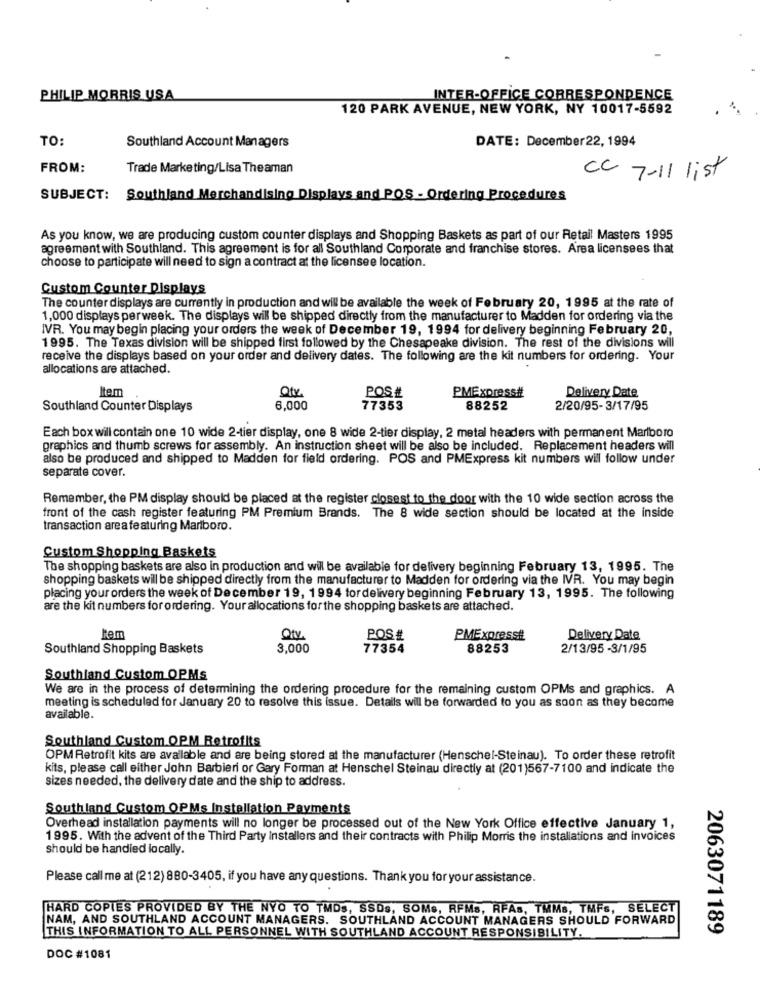
PHILIP MORRIS USA
INTER-OFFICE CORRESPONDENCE
120 PARK AVENUE, NEW YORK, NY 10017-5592
TO:
Southland Account Managers
DATE: December22, 1994
FROM:
Trade Marketing/Lisa Theaman
CC 7-11 list
SUBJECT: Southland Merchandising Displays and POS - Ordering Procedures
As you know, we are producing custom counter displays and Shopping Baskets as part of our Retail Masters 1995
agreement with Southland. This agreement is for all Southland Corporate and franchise stores. Area licensees that
choose to participate will need to sign a contract at the licensee location.
Custom Counter Displays
The counter displays are currently in production and will be available the week of February 20, 1995 at the rate of
1,000 displays perweek. The displays will be shipped directly from the manufacturer to Madden for ordering via the
IVR. You may begin placing your orders the week of December 19, 1994 for delivery beginning February 20,
1995. The Texas division will be shipped first followed by the Chesapeake division. The rest of the divisions will
receive the displays based on your order and delivery dates. The following are the kit numbers for ordering. Your
allocations are attached.
Item
Qfv
POS #
PMExpress#
Delivery Date
Southland Counter Displays
6,000
77353
88252
2/20/95-3/17/95
Each box will contain one 10 wide 2-tier display, one 8 wide 2-tier display, 2 metal headers with permanent Marlboro
graphics and thumb screws for assembly. An instruction sheet will be also be included. Replacement headers will
also be produced and shipped to Madden for field ordering. POS and PMExpress kit numbers will follow under
separate cover.
Remember, the PM display should be placed at the register closest to the door with the 10 wide section across the
front of the cash register featuring PM Premium Brands. The 8 wide section should be located at the inside
transaction area featuring Marlboro.
Custom Shopping Baskets
The shopping baskets are also in production and will be available for delivery beginning February 13, 1995. The
shopping baskets will be shipped directly from the manufacturer to Madden for ordering via the IVR. You may begin
placing your orders the week of December 19, 1994 tordelivery beginning February 13, 1995. The following
are the kit numbers for ordering. Your allocations for the shopping baskets are attached.
Otv
POS#
PMExpresstt
Delivery Date
Southland Shopping Baskets
3,000
77354
88253
2/13/95 -3/1/95
Southland Custom OPMs
We are in the process of determining the ordering procedure for the remaining custom OPMs and graphics. A
meeting is scheduled for January 20 to resolve this issue. Details will be forwarded to you as soon as they become
available.
Southland Custom OPM Retrofits
OPM Retrofit kits are available and are being stored at the manufacturer (Henschel-Steinau). To order these retrofit
kits, please call either John Barbieri or Gary Forman at Henschel Steinau directly at (201)567-7100 and indicate the
sizes needed, the delivery date and the ship to address.
Southland Custom OPMs Installation Payments
Overhead installation payments will no longer be processed out of the New York Office effective January 1,
1995. With the advent of the Third Party Installers and their contracts with Philip Morris the installations and invoices
should be handled locally.
Please call me at (212) 880-3405, if you have any questions. Thank you for your assistance.
HARD COPIES PROVIDED BY THE NYO TO TMDs, SSDs, SOMs, RFMs, RFAs, TMMs, TMFS, SELECT
NAM, AND SOUTHLAND ACCOUNT MANAGERS. SOUTHLAND ACCOUNT MANAGERS SHOULD FORWARD
THIS INFORMATION TO ALL PERSONNEL WITH SOUTHLAND ACCOUNT RESPONSIBILITY.
2063071189
DOC #1081